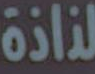
لذاذة